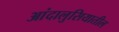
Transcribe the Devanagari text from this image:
आंदालुसियातील